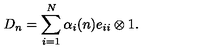
D _ { n } = \sum _ { i = 1 } ^ { N } \alpha _ { i } ( n ) e _ { i i } \otimes 1 .